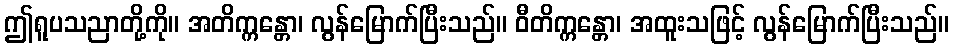
ဤရူပသညာတို့ကို။ အတိက္ကန္တော၊ လွန်မြောက်ပြီးသည်။ ဝီတိက္ကန္တော၊ အထူးသဖြင့် လွန်မြောက်ပြီးသည်။